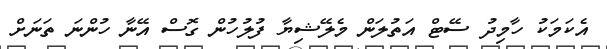
އެކަމަކު ހާމިދު ސޭޓް އަތުލަން މެލޭޝިޔާ ފުލުހުން ގޮސް އޭނާ ހުންނަ ތަނަށް